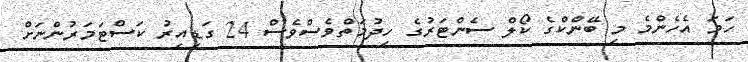
ހަމަ އެހެންމެ މި ބޭންކްގެ ކޯލް ސެންޓަރުގެ ހިދުމަތްވެސްވެސް 24 ގަޑިއިރު ކަސްޓަމަރުންނަށް